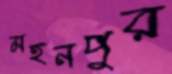
মহনপুর